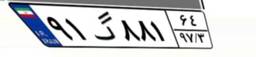
۷۰گ۲۴۰۸۸